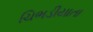
ચિભડીયાતા